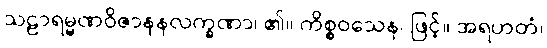
သဠာရမ္မဏဝိဇာနနလက္ခဏာ၊ ၏။ ကိစ္စဝသေန၊ ဖြင့်။ အရဟတံ၊